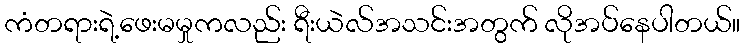
ကံတရားရဲ့ဖေးမမှုကလည်း ရီးယဲလ်အသင်းအတွက် လိုအပ်နေပါတယ်။